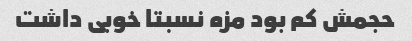
حجمش کم بود مزه نسبتا خوبی داشت